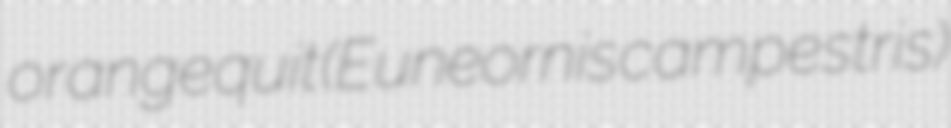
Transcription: orangequit (Euneornis campestris)